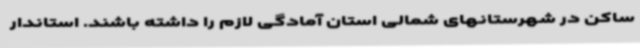
ساکن در شهرستانهای شمالی استان آمادگی لازم را داشته باشند. استاندار